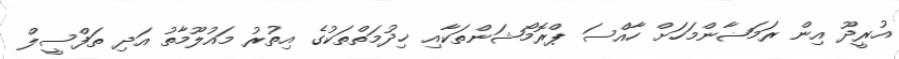
އުރީދޫ އިން ރަމަޟާންމަހަށް ހާއްސަ ޕްރޮމޯޝަންތަކާއި ޚިދުމަތްތަކުގެ އިތުރު މައުލޫމާތު އަދި ތަފްސީލް